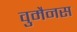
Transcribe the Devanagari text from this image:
वुमैनस